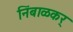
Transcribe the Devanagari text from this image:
निंबाळकर्